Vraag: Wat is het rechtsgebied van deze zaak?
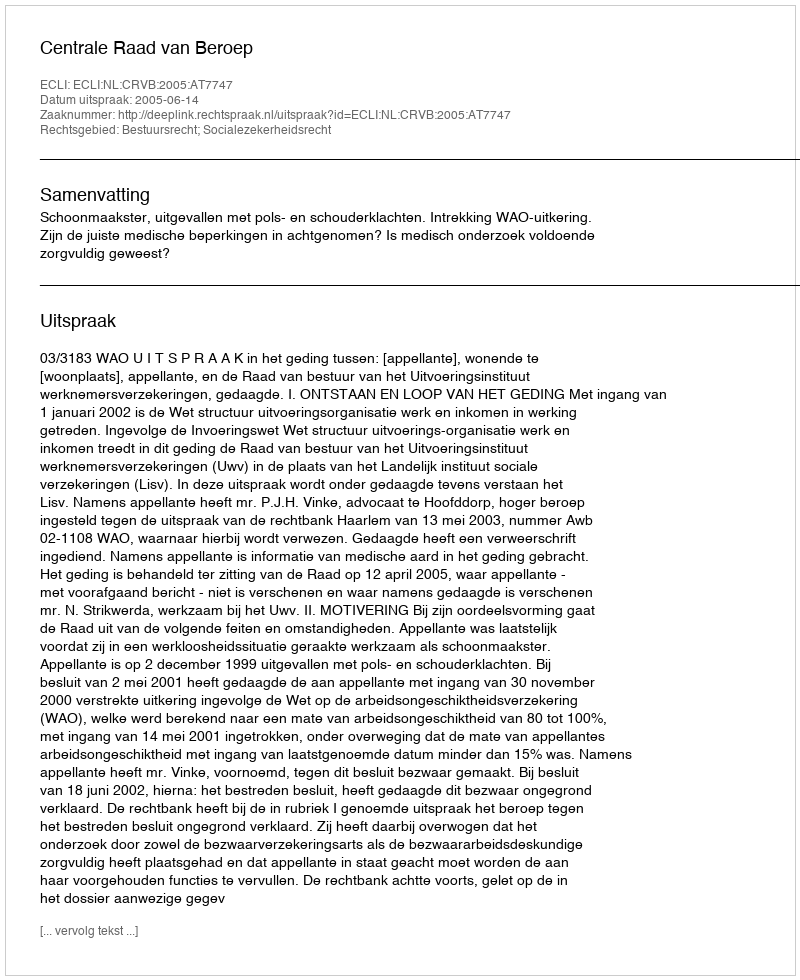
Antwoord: Bestuursrecht; Socialezekerheidsrecht